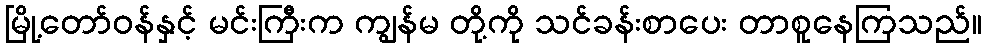
မြို့တော်ဝန်နှင့် မင်းကြီးက ကျွန်မ တို့ကို သင်ခန်းစာပေး တာစူနေကြသည်။